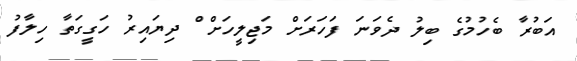
އަބުރާ ބެހުމުގެ ބިލު ދެވަނަ ފަހަރަށް މަޖިލީހަށް ް ދިޔައިރު ހަގީގަތާ ހިލާފު